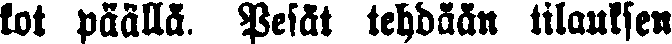
kot päällä. Pesät tehdään tilauksen